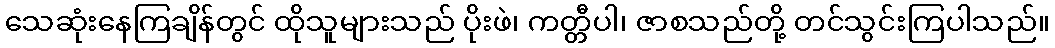
သေဆုံးနေကြချိန်တွင် ထိုသူများသည် ပိုးဖဲ၊ ကတ္တီပါ၊ ဇာစသည်တို့ တင်သွင်းကြပါသည်။